Indian journal of veterinary science and animal husbandry - Volumes 18-21, 1948-1951
Year: 1948
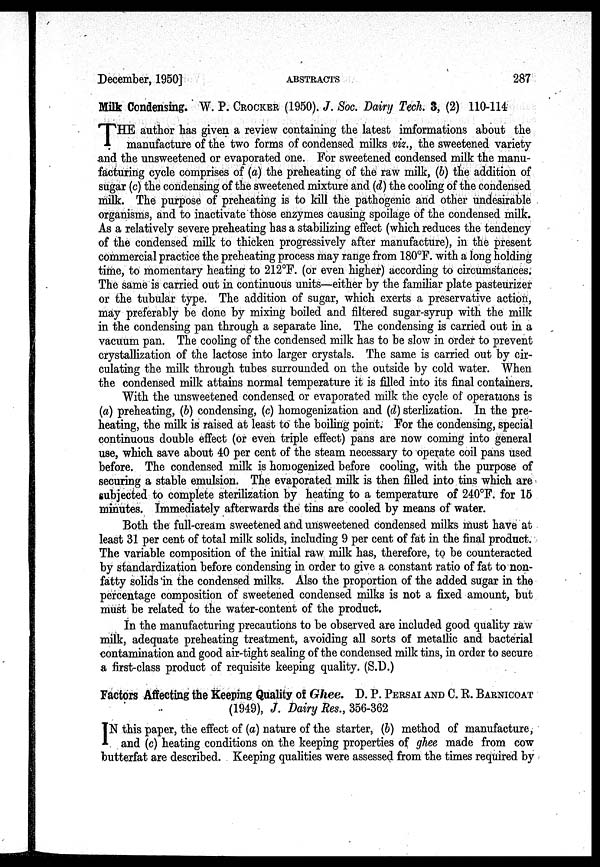
December, 1950]
ABSTRACTS
287
Milk Condensing. W. P. CROCKER (1950). J. Soc. Dairy Tech. 3, (2) 110-114
T HE author has given a review containing the latest imformations about the
manufacture of the two forms of condensed milks viz., the sweetened variety
and the unsweetened or evaporated one. For sweetened condensed milk the manu-
facturing cycle comprises of (a) the preheating of the raw milk, (b) the addition of
sugar (c) the condensing of the sweetened mixture and (d) the cooling of the condensed
milk. The purpose of preheating is to kill the pathogenic and other undesirable
organisms, and to inactivate those enzymes causing spoilage of the condensed milk.
As a relatively severe preheating has a stabilizing effect (which reduces the tendency
of the condensed milk to thicken progressively after manufacture), in the present
commercial practice the preheating process may range from 180ºF. with a long holding
time, to momentary heating to 212ºF. (or even higher) according to circumstances.
The same is carried out in continuous units—either by the familiar plate pasteurizer
or the tubular type. The addition of sugar, which exerts a preservative action,
may preferably be done by mixing boiled and filtered sugar-syrup with the milk
in the condensing pan through a separate line. The condensing is carried out in a
vacuum pan. The cooling of the condensed milk has to be slow in order to prevent
crystallization of the lactose into larger crystals. The same is carried out by cir-
culating the milk through tubes surrounded on the outside by cold water. When
the condensed milk attains normal temperature it is filled into its final containers.
With the unsweetened condensed or evaporated milk the cycle of operations is
(a) preheating, (b) condensing, (c) homogenization and (d) sterlization. In the pre-
heating, the milk is raised at least to the boiling point. For the condensing, special
continuous double effect (or even triple effect) pans are now coming into general
use, which save about 40 per cent of the steam necessary to operate coil pans used
before. The condensed milk is homogenized before cooling, with the purpose of
securing a stable emulsion. The evaporated milk is then filled into tins which are
subjected to complete sterilization by heating to a temperature of 240ºF. for 15
minutes. Immediately afterwards the tins are cooled by means of water.
Both the full-cream sweetened and unsweetened condensed milks must have at
least 31 per cent of total milk solids, including 9 per cent of fat in the final product.
The variable composition of the initial raw milk has, therefore, to be counteracted
by standardization before condensing in order to give a constant ratio of fat to non-
fatty solids in the condensed milks. Also the proportion of the added sugar in the
percentage composition of sweetened condensed milks is not a fixed amount, but
must be related to the water-content of the product.
In the manufacturing precautions to be observed are included good quality raw
milk, adequate preheating treatment, avoiding all sorts of metallic and bacterial
contamination and good air-tight sealing of the condensed milk tins, in order to secure
a first-class product of requisite keeping quality. (S.D.)
Factors Affecting the Keeping Quality of Ghee. D. P. PERSAI AND C. R. BARNICOAT
(1949), J. Dairy Res., 356-362
I N this paper, the effect of (a) nature of the starter, (b) method of manufacture,
and (c) heating conditions on the keeping properties of ghee made from cow
butterfat are described. Keeping qualities were assessed from the times required by